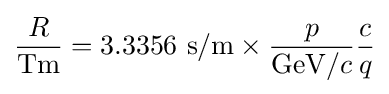
{R \over {\text{Tm}}}=3.3356{\text{ s/m}}\times {p \over {\text{GeV}}/c}{c \over q}